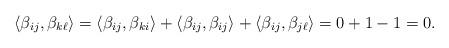
LaTeX: \begin{align*}\left<\beta_{ij},\beta_{k\ell}\right>=\left<\beta_{ij},\beta_{ki}\right>+\left<\beta_{ij},\beta_{ij}\right>+\left<\beta_{ij},\beta_{j\ell}\right>=0+1-1=0.\end{align*}